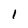
Character: 1